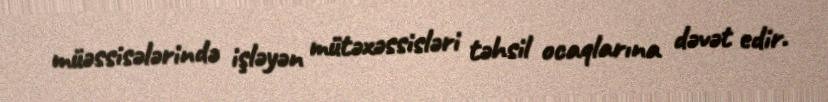
müəssisələrində işləyən mütəxəssisləri təhsil ocaqlarına dəvət edir.